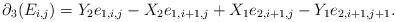
LaTeX: \begin{align*} \partial_3(E_{i,j}) = Y_2e_{1,i,j} - X_2e_{1,i+1,j} + X_1 e_{2,i+1,j} - Y_1 e_{2,i+1,j+1}.\end{align*}